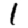
Digit: 1